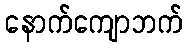
နောက်ကျောဘက်